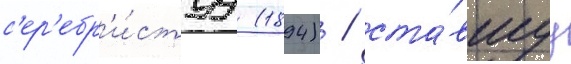
с'ер'ебр'и́стуу (1894) / ста́вшуу